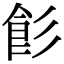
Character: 𩚎